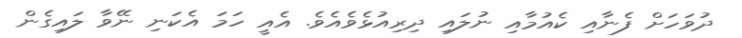
ދުވަހަށް ފެނާއި ކެއުމާއި ނުލައި ދިރިއުޅެވެއެވެ. އެއީ ހަމަ އެކަނި ނޭވާ ލައިގެން